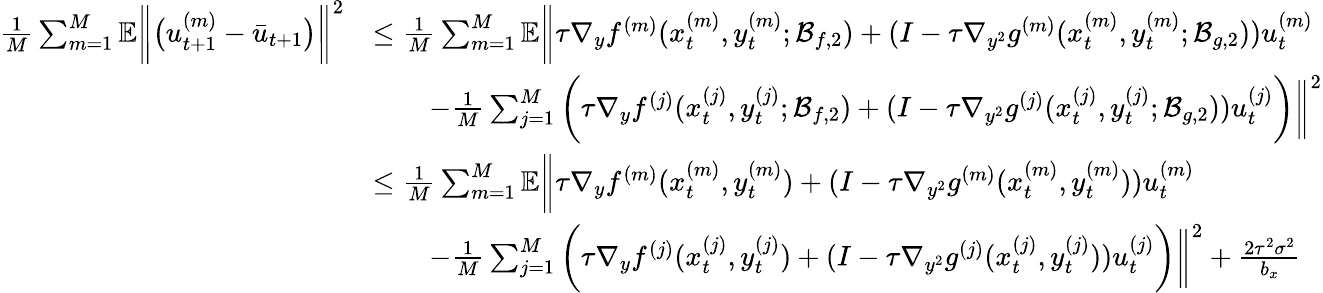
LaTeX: \begin{array}{rl}{\frac{1}{M}\sum_{m=1}^{M}\mathbb{E}\bigg\| \big(u_{t+1}^{(m)}-\bar{u}_{t+1}\big)\bigg\| ^{2}}&{\leq\frac{1}{M}\sum_{m=1}^{M}\mathbb{E}\bigg\| \tau\nabla_{y}f^{(m)}(x_{t}^{(m)},y_{t}^{(m)};\mathcal{B}_{f,2})+(I-\tau\nabla_{y^{2}}g^{(m)}(x_{t}^{(m)},y_{t}^{(m)};\mathcal{B}_{g,2}))u_{t}^{(m)}}\\ &{\qquad-\frac{1}{M}\sum_{j=1}^{M}\bigg(\tau\nabla_{y}f^{(j)}(x_{t}^{(j)},y_{t}^{(j)};\mathcal{B}_{f,2})+(I-\tau\nabla_{y^{2}}g^{(j)}(x_{t}^{(j)},y_{t}^{(j)};\mathcal{B}_{g,2}))u_{t}^{(j)}\bigg)\bigg\| ^{2}}\\ &{\leq\frac{1}{M}\sum_{m=1}^{M}\mathbb{E}\bigg\| \tau\nabla_{y}f^{(m)}(x_{t}^{(m)},y_{t}^{(m)})+(I-\tau\nabla_{y^{2}}g^{(m)}(x_{t}^{(m)},y_{t}^{(m)}))u_{t}^{(m)}}\\ &{\qquad-\frac{1}{M}\sum_{j=1}^{M}\bigg(\tau\nabla_{y}f^{(j)}(x_{t}^{(j)},y_{t}^{(j)})+(I-\tau\nabla_{y^{2}}g^{(j)}(x_{t}^{(j)},y_{t}^{(j)}))u_{t}^{(j)}\bigg)\bigg\| ^{2}+\frac{2\tau^{2}\sigma^{2}}{b_{x}}}\end{array}